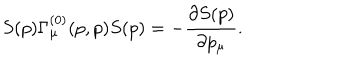
S ( p ) \Gamma _ { \mu } ^ { ( 0 ) } ( p , p ) S ( p ) = - \frac { \partial S ( p ) } { \partial p _ { \mu } } .